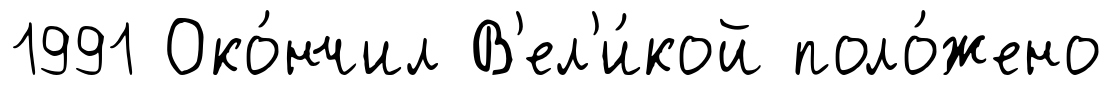
1991 Око́нчил В'ел'и́кой поло́жено